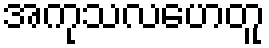
အကုသလဟေတူ